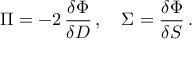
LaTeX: \Pi = - 2 \, \frac { \delta \Phi } { \delta D } \, , \quad \Sigma = \frac { \delta \Phi } { \delta S } \, .